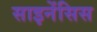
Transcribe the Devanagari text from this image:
साइनेंसिस